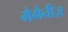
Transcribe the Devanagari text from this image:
मैगैनीज़